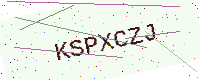
Text: KSPXCZJ